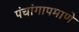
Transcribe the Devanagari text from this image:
पंचांगापमाणे